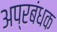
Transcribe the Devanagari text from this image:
अप्रबंधक